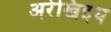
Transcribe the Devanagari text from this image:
अरेखिइय